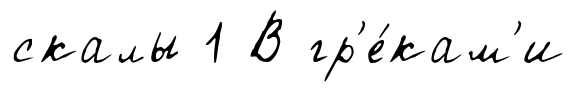
скалы 1 В гр'е́кам'и